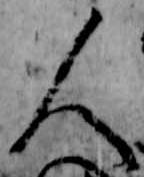
人